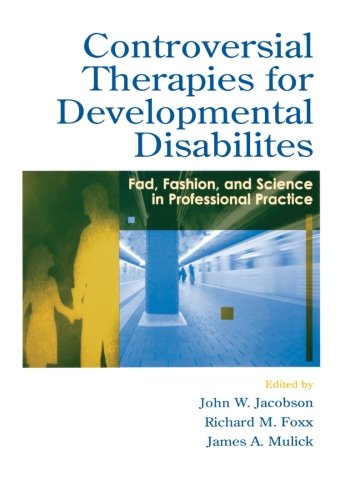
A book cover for Controversial Therapies for Developmental Disabilities: Fad, Fashion, and Science in Professional Practice; Richard M. Foxx; Medical Books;